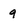
Character: 9